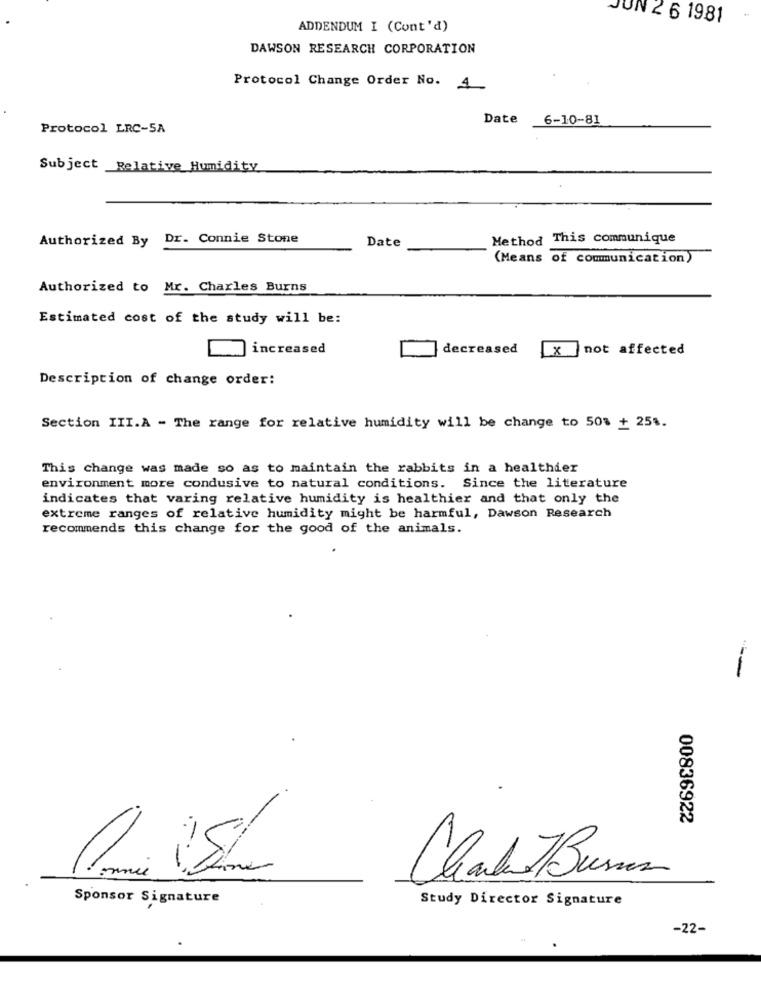
JUN 2 6 1981
ADDENDUM I (Cont'd)
DAWSON RESEARCH CORPORATION
Protocol Change Order No. 4
Date 6-10-81
Protocol LRC-5A
Subject _Relative Humidity
Authorized By Dr. Connie Stone
Date
Method This communique
(Means of communication)
Authorized to Mr. Charles Burns
Estimated cost of the study will be:
increased
decreased
x not affected
Description of change order:
Section III.A - The range for relative humidity will be change to 50% + 25%.
This change was made so as to maintain the rabbits in a healthier
environment more condusive to natural conditions. Since the literature
indicates that varing relative humidity is healthier and that only the
extreme ranges of relative humidity might be harmful, Dawson Research
recommends this change for the good of the animals.
00836922
Clark 7 Burn
Sponsor Signature
Study Director Signature
-22-